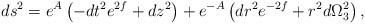
LaTeX: \begin{align*}ds^2 = e^A \left( -dt^2 e^{2f} + dz^2\right) + e^{-A}\left( dr^2 e^{-2f}+r^2 d\Omega_3 ^2 \right) ,\end{align*}